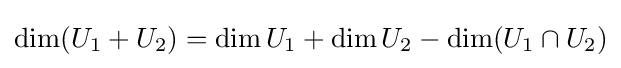
\dim(U_{1}+U_{2})=\dim U_{1}+\dim U_{2}-\dim(U_{1}\cap U_{2})